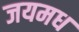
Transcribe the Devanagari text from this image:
जयमध